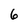
Character: 6